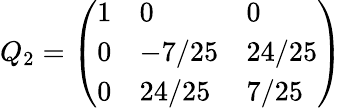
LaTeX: Q_{2}={\left(\begin{array}{lll}{1}&{0}&{0}\\ {0}&{-7/25}&{24/25}\\ {0}&{24/25}&{7/25}\end{array}\right)}